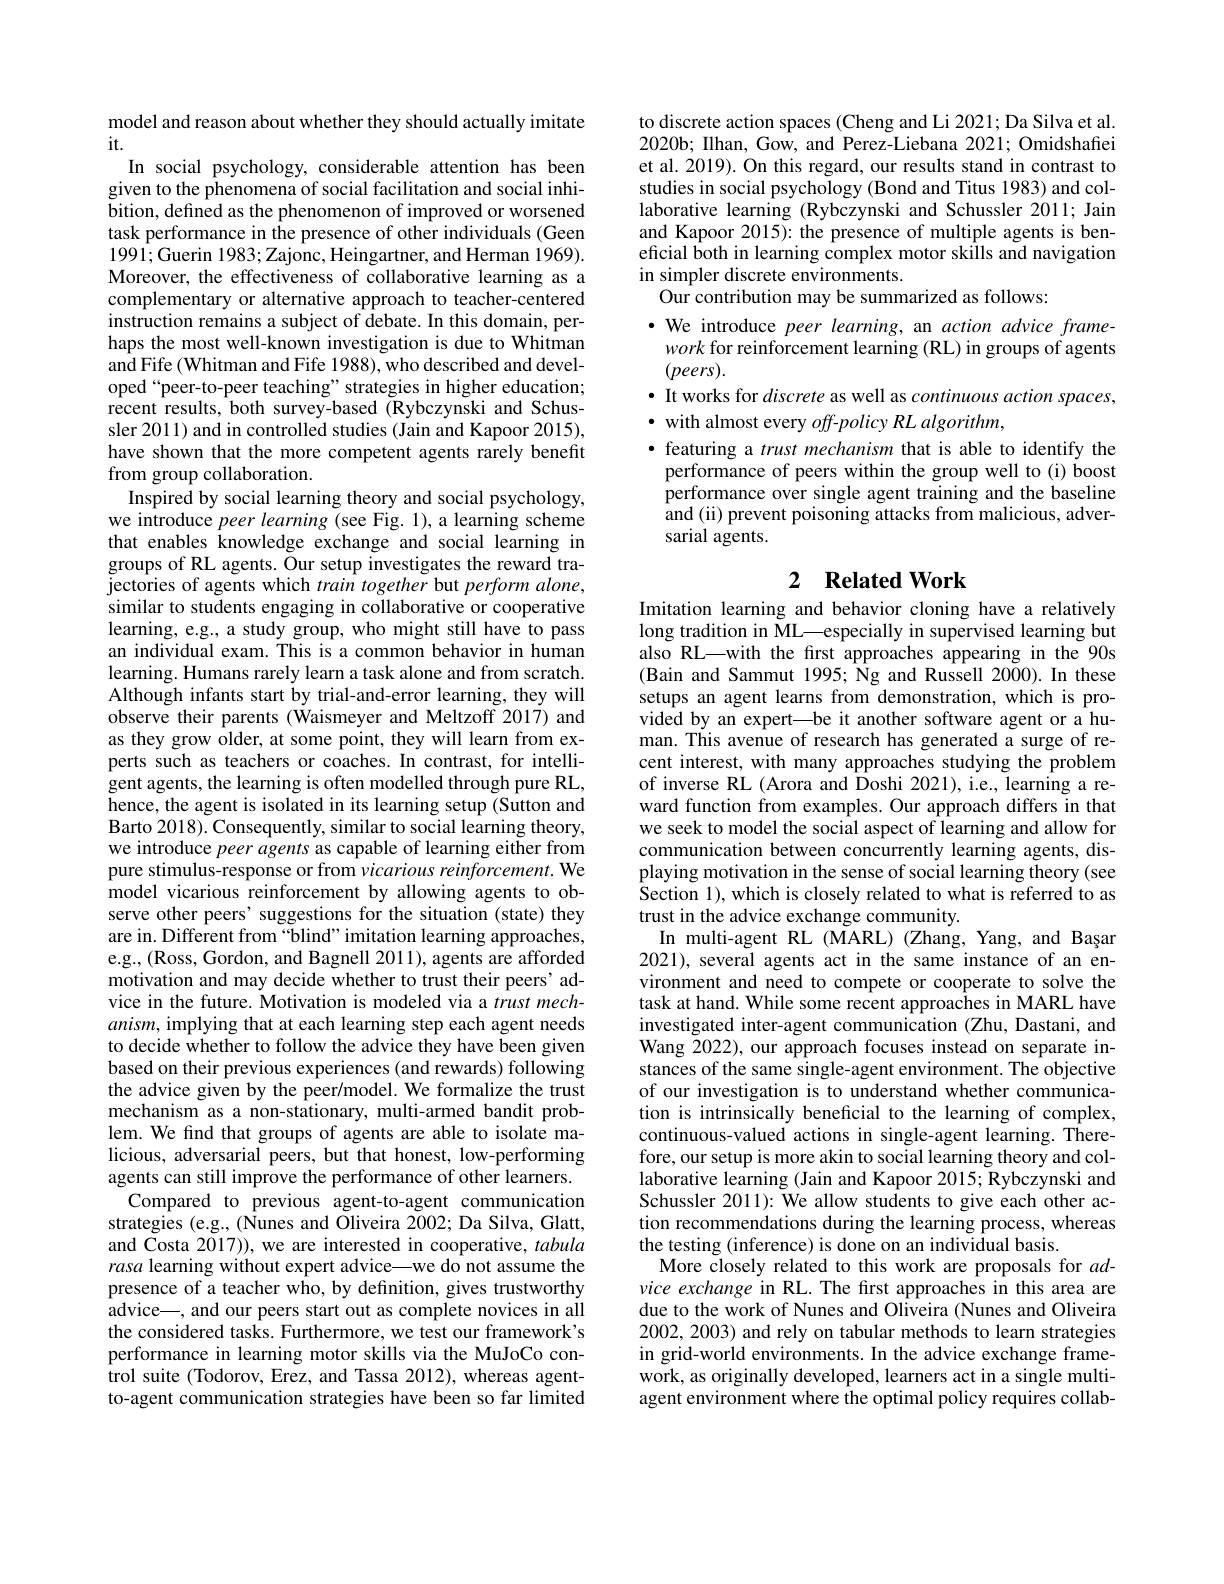
model and reason about whether they should actually imitate
it.

In social psychology, considerable attention has been given to the phenomena of social facilitation and social inhibition, defined as the phenomenon of improved or worsened task performance in the presence of other individuals (Geen 1991;Guerin 1983; Zajonc, Heingartner, and Herman 1969). Moreover, the effectiveness of collaborative learning as a complementary or alternative approach to teacher-centered instruction remains a subject of debate. In this domain, perhaps the most well-known investigation is due to Whitman and Fife (Whitman and Fife 1988), who described and developed“peer-to-peer teaching”strategies in higher education; recent results, both survey-based (Rybczynski and Schussler 2011) and in controlled studies (Jain and Kapoor 2015), have shown that the more competent agents rarely benefit from group collaboration.
Inspired by social learning theory and social psychology, we introduce peer learning (see Fig. 1), a learning scheme that enables knowledge exchange and social learning in groups of RL agents. Õur setup investigates the reward trajectories of agents which train together but perform alone, similar to students engaging in collaborative or cooperative learning, e.g., a study group, who might still have to pass an individual exam. This is a common behavior in human learning. Humans rarely learn a task alone and from scratch. Although infants start by trial-and-error learning, they will observe their parents (Waismeyer and Meltzoff 2017) and as they grow older, at some point, they will learn from experts such as teachers or coaches. In contrast, for intelligent agents, the learning is often modelled through pure RL, hence, the agent is isolated in its learning setup (Sutton and Barto 2018) . Consequently, similar to social learning theory, we introduce peer agents as capable of learning either from pure stimulus-response or from vicarious reinforcement. We model vicarious reinforcement by allowing agents to observe other peers' suggestions for the situation (state) they are in. Different from “blind” imitation learning approaches, e.g., (Ross, Gordon, and Bagnell 2011), agents are afforded motivation and may decide whether to trust their peers' advice in the future. Motivation is modeled via a trust mech- $anism$, implying that at each learning step each agent needs to decide whether to follow the advice they have been given based on their previous experiences (and rewards) following the advice given by the peer/model. We formalize the trust mechanism as a non-stationary, multi-armed bandit problem. We find that groups of agents are able to isolate malicious, adversarial peers, but that honest, low-performing agents can still improve the performance of other learners.
Compared to previous agent-to-agent communication strategies (e.g., (Nunes and Oliveira 2002; Da Silva, Glatt, and Costa 2017)), we are interested in cooperative, tabula rasa learning without expert advice—we do not assume the presence of a teacher who, by definition, gives trustworthy advice\_, and our peers start out as complete novices in all the considered tasks. Furthermore, we test our framework's performance in learning motor skills via the MuJoCo control suite (Todorov, Erez, and Tassa 2012), whereas agentto-agent communication strategies have been so far limited

to discrete action spaces (Cheng and Li 2021; Da Silva et al. 2020b; Ilhan, Gow, and Perez-Liebana 2021; Omidshafiei et al. 2019). On this regard, our results stand in contrast to studies in social psychology (Bond and Titus 1983) and collaborative learning (Rybczynski and Schussler 2011; Jain and Kapoor 2015): the presence of multiple agents is beneficial both in learning complex motor skills and navigation in simpler discrete environments
Our contribution may be summarized as follows:
$\cdot$ We introduce peer learning, an action advice frame-
work for reinforcement learning (RL) in groups of agents
$(peers).$
$\bullet$ It works for discrete as well as continuous action spaces,
$\bullet$ with almost every $off- policyRL\textit{algorithm, }$
· featuring a trust mechanism that is able to identify the
performance of peers within the group well to (i) boost performance over single agent training and the baseline and (ii) prevent poisoning attacks from malicious, adversarial agents.

## 2 $\textbf{Related Work}$

Imitation learning and behavior cloning have a relatively long tradition in ML—especially in supervised learning but also RL-with the frst approaches appearing in the 90s (Bain and Sammut 1995; Ng and Russell 2000).In these setups an agent learns from demonstration, which is provided by an expert—be it another software agent or a human. This avenue of research has generated a surge of recent interest, with many approaches studying the problem of inverse RL (Arora and Doshi 2021), i.e., learning a reward function from examples. Our approach differs in that we seek to model the social aspect of learning and allow for communication between concurrently learning agents, displaying motivation in the sense of social learning theory (see Section 1), which is closely related to what is referred to as trust in the advice exchange community.
In multi-agent RL (MARL) (Zhang, Yang, and Bașar 2021), several agents act in the same instance of an environment and need to compete or cooperate to solve the task at hand. While some recent approaches in MARL have investigated inter-agent communication (Zhu, Dastani, and Wang $\tilde{2}022)$, our approach focuses instead on separate instances of the same single-agent environment. The objective of our investigation is to understand whether communication is intrinsically beneficial to the learning of complex, continuous-valued actions in single-agent learning. Therefore, our setup is more akin to social learning theory and collaborative learning (Jain and Kapoor 2015; Rybczynski and Schussler 2011): We allow students to give each other action recommendations during the learning process, whereas the testing (inference) is done on an individual basis.
More closely related to this work are proposals for $ad-$ vice exchange in RL. The first approaches in this area are due to the work of Nunes and Oliveira (Nunes and Oliveira 2002, 2003) and rely on tabular methods to learn strategies in grid-world environments. In the advice exchange framework, as originally developed, learners act in a single multiagent environment where the optimal policy requires collab-